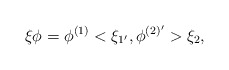
\begin{align*}\xi \phi = \phi ^{(1)} <\xi _{1'},\phi ^{(2)'}> \xi _{2},\end{align*}